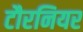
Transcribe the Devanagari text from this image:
टौरनियर